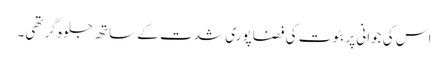
اس کی جوانی پر بٹوت کی فضا پوری شدت کے ساتھ جلوہ گر تھی۔